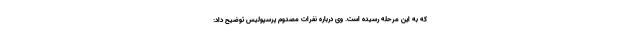
که به این مرحله رسیده است. وی درباره نفرات مصدوم پرسپولیس توضیح داد: